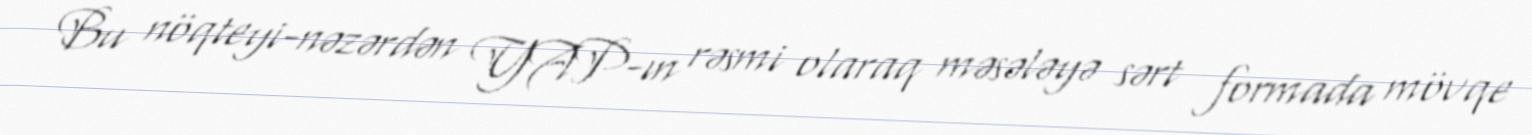
Bu nöqteyi-nəzərdən YAP-ın rəsmi olaraq məsələyə sərt formada mövqe